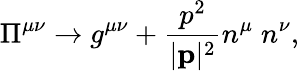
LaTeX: \Pi^{\mu\nu}\rightarrow g^{\mu\nu}+\frac{p^{2}}{|{\mathbf p}|^{2}}n^{\mu}\; n^{\nu},